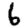
Digit: 6